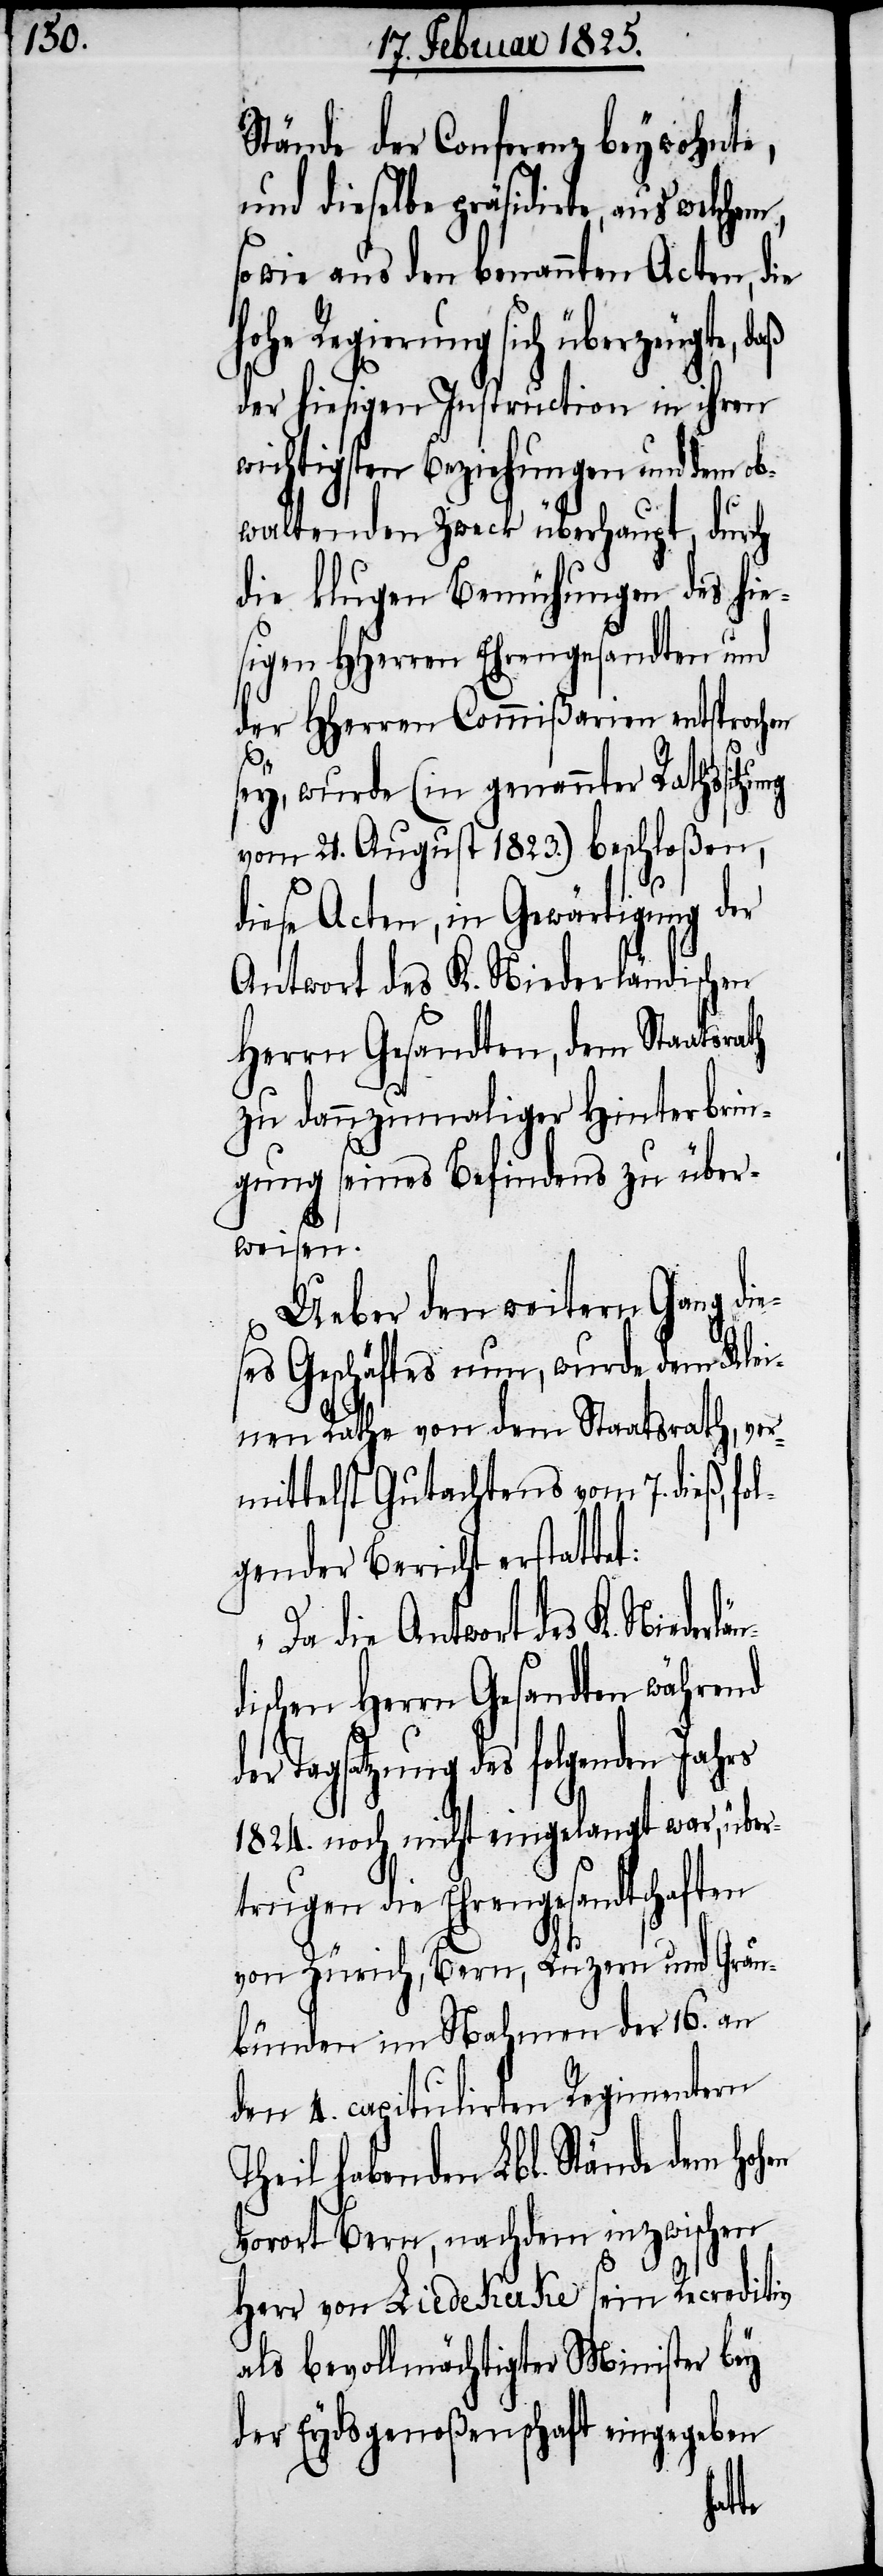
Stände der Conferenz beywohnte,
und dieselbe präsidirte, aus
sowie aus den benannten Acten, die
Regierung sich überzeugte,
der hiesigen Instruction in ihren
wichtigsten Beziehungen und dem ob¬
waltenden Zweck überhaupt, durch
die klugen Bemühungen des hie¬
sigen HHerren Ehrengesandten und
der HHerren Commißarien entsprochen
sey, wurde (in genannter Rathssitz¬
vom 21. August 1823.) beschloßen,
diese Acten, in Gewärtigung der
Antwort des K. Niederländischen
Herrn Gesandten, dem Staatsra¬
zu dannzumaliger Hinterbrin¬
gung seines Befindens zu über¬
weisen.
Ueber den weitern Gang die¬
ses Geschäftes nun, wurde dem Klei¬
nen Rathe von dem Staatsrath, ver¬
mittelst Gutachtens vom 7. dieß, fo¬
lgender Bericht erstattet:
„Da die Antwort des K. Nieder¬
dischen Herrn Gesandten während
der Tagsatzung des folgenden Jahrs
1824. noch nicht eingelangt war, über¬
trugen die Ehrengesandtschaften
von Zürich, Bern, Luzern und Grau¬
bünden im Nahmen der 16. an
den 4. capitulirten Regimentern
Theil habenden Lbl. Stände dem hohen
Vorort Bern, nachdem inzwischen
Herr von Liedekerke sein Recreditiv
als bevollmächtigter Minister bey
der Eydsgenoßenschaft eingegeben
län¬